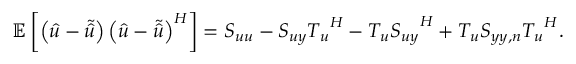
\mathbb { E } \left[ \left( \boldsymbol { \hat { u } } - \boldsymbol { \tilde { \hat { u } } } \right) \left( \boldsymbol { \hat { u } } - \boldsymbol { \tilde { \hat { u } } } \right) ^ { H } \right] = \boldsymbol { S _ { u u } } - \boldsymbol { S _ { u y } } \boldsymbol { T _ { u } } ^ { H } - \boldsymbol { T _ { u } } \boldsymbol { S _ { u y } } ^ { H } + \boldsymbol { T _ { u } } \boldsymbol { S _ { y y , n } } \boldsymbol { T _ { u } } ^ { H } .